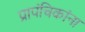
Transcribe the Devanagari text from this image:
प्रापंचिकांना